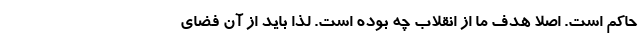
حاکم است. اصلا هدف ما از انقلاب چه بوده است. لذا باید از آن فضای